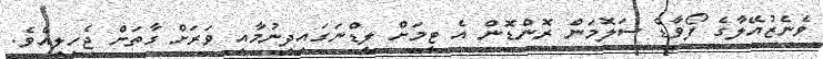
ވެނެޒުއޭލާގެ ފޯވާޑް ސަލޮމަން ރޮންޑޮން އެ ޓީމަށް ލީޑްނަގައިދިނުމާއި ވަރަށް ގާތަށް ޖެހިލިއެވެ.